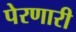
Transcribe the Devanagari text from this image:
पेरणारी